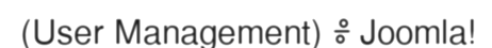
(User Management) ៖ Joomla!